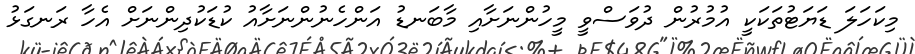
މިކަހަލަ ޑަޔަޓުތަކަކީ އުމުރުން ދުވަސްވީ މީހުންނަށާއި މާބަނޑު އަންހެނުންނަށާއު ކުޑަކުދިންނަށް އެހާ ރަނގަޅު